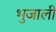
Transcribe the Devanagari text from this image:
भुजाली